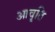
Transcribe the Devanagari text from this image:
आवृ्ति